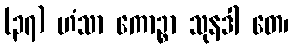
(၃၇) ဟံသာ ကောဉ္စာ သုနဒါ တေ၊